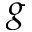
g